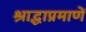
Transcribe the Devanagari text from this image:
श्राद्धाप्रमाणें